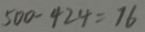
5 0 0 - 4 2 4 = 7 6